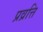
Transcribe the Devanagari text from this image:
प्रव्रत्ति